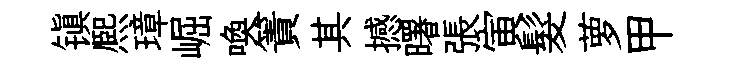
镇熈璋崛喚簀其撼曙張寅髮萝甲